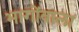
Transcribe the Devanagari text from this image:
भागोंवाला